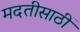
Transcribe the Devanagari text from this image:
मदतीसाठीं